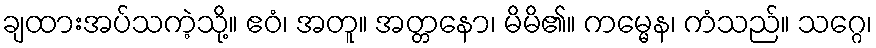
ချထားအပ်သကဲ့သို့။ ဧဝံ၊ အတူ။ အတ္တနော၊ မိမိ၏။ ကမ္မေန၊ ကံသည်။ သဂ္ဂေ၊